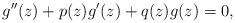
LaTeX: \begin{align*}g''(z)+p(z)g'(z)+q(z)g(z)=0,\end{align*}